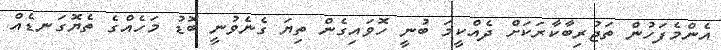
އެންމެފަހުން ތަޖުރިބާކާރަކަށް ދެއްކީމަ ބުނީ ހޮވައިގެން ތިޔަ ގެނެވުނީ ބޮޑު މަހެއްގެ ތެޔޮގަނޑެއް